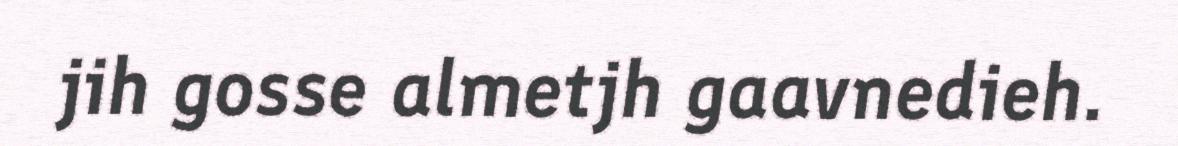
jih gosse almetjh gaavnedieh.